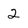
Character: 2